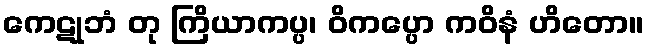
ကေဋုဘံ တု ကြိယာကပ္ပ၊ ဝိကပ္ပော ကဝိနံ ဟိတော။